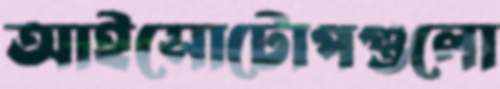
আইসোটোপগুলো